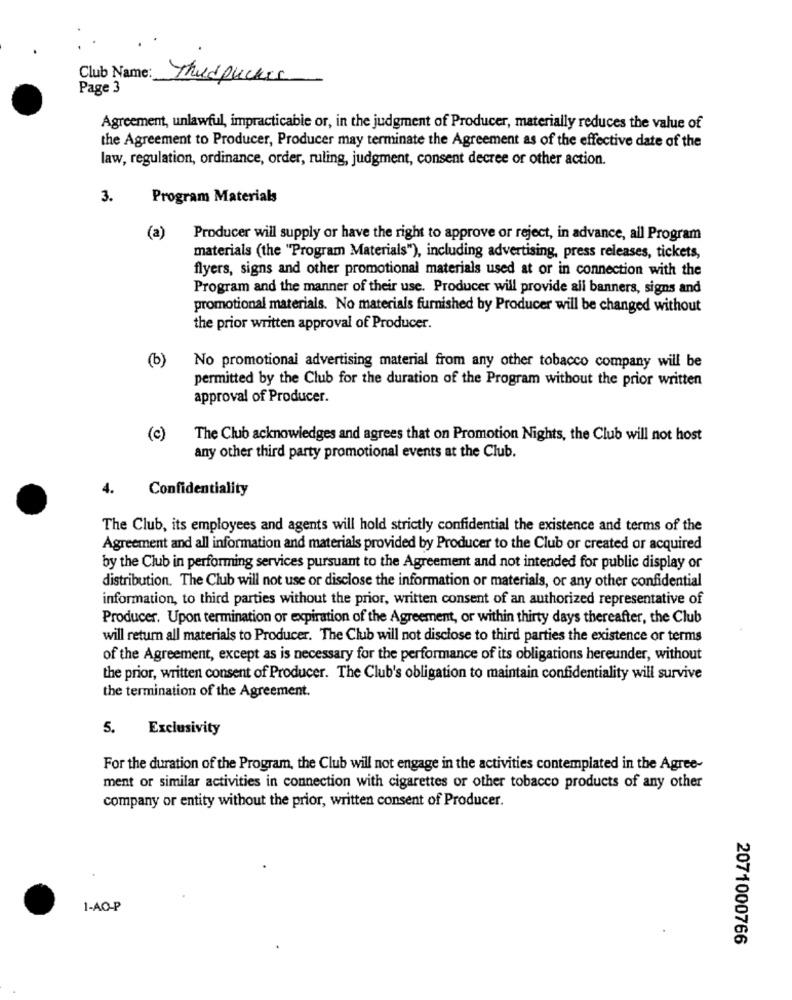
Club Name:
Thudrucker
Page 3
Agreement, unlawful, impracticable or, in the judgment of Producer, materially reduces the value of
the Agreement to Producer, Producer may terminate the Agreement as of the effective date of the
law, regulation, ordinance, order, ruling, judgment, consent decree or other action.
3.
Program Materials
(a)
Producer will supply or have the right to approve or reject, in advance, all Program
materials (the "Program Materials"), including advertising, press releases, tickets,
flyers, signs and other promotional materials used at or in connection with the
Program and the manner of their use. Producer will provide all banners, signs and
promotional materials. No materials furnished by Producer will be changed without
the prior written approval of Producer.
(b)
No promotional advertising material from any other tobacco company will be
permitted by the Club for the duration of the Program without the prior written
approval of Producer.
(c)
The Club acknowledges and agrees that on Promotion Nights, the Club will not host
any other third party promotional events at the Club.
4.
Confidentiality
The Club, its employees and agents will hold strictly confidential the existence and terms of the
Agreement and all information and materials provided by Producer to the Club or created or acquired
by the Club in performing services pursuant to the Agreement and not intended for public display or
distribution. The Club will not use or disclose the information or materials, or any other confidential
information, to third parties without the prior, written consent of an authorized representative of
Producer. Upon termination or expiration of the Agreement, or within thirty days thereafter, the Club
will return all materials to Producer. The Club will not disclose to third parties the existence or terms
of the Agreement, except as is necessary for the performance of its obligations hereunder, without
the prior, written consent of Producer. The Club's obligation to maintain confidentiality will survive
the termination of the Agreement.
5. Exclusivity
For the duration of the Program, the Club will not engage in the activities contemplated in the Agree-
ment or similar activities in connection with cigarettes or other tobacco products of any other
company or entity without the prior, written consent of Producer.
1-AO-P
2071000766